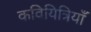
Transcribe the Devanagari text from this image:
कवियित्रियाँ